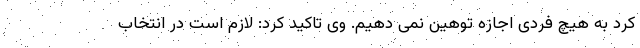
کرد به هیچ فردی اجازه توهین نمی دهیم. وی تاکید کرد: لازم است در انتخاب